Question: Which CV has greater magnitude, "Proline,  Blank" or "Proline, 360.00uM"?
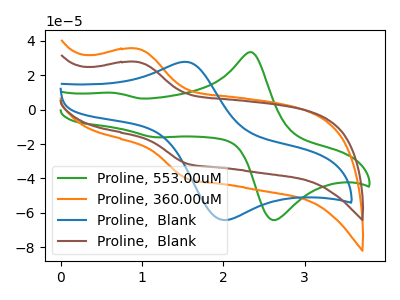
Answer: <think>The green curve "Proline, 553.00uM" has anodic peaks at (2.35V, 33.30uA) (0.65V, 9.70uA) and cathodic peaks at (2.65V, -63.55uA) (1.15V, -16.05uA). The orange curve "Proline, 360.00uM" has an anodic peak at (0.95V, 35.45uA) and a cathodic peak at (1.55V, -40.25uA). The blue curve "Proline,  Blank" has an anodic peak at (1.55V, 27.75uA) and a cathodic peak at (2.00V, -64.10uA). The brown curve "Proline,  Blank" has an anodic peak at (0.95V, 27.75uA) and a cathodic peak at (1.55V, -31.50uA).
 All the peaks in "Proline,  Blank" have a peak in "Proline, 360.00uM" at the same potential. Every peak in "Proline,  Blank" is lower than every peak in "Proline, 360.00uM".</think>
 <answer>"Proline,  Blank" has less signal than "Proline, 360.00uM".</answer>
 <eval>less_signal</eval>